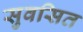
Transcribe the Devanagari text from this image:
सुवसित